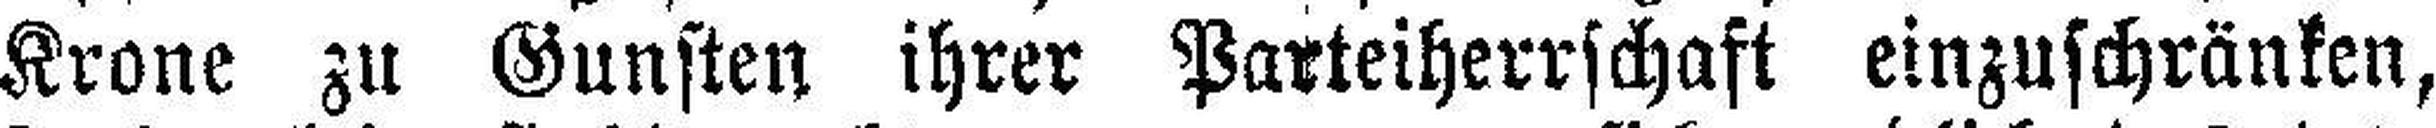
Krone zu Gunsten ihrer Parteiherrschaft einzuschränken,